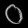
Digit: ၀